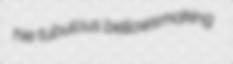
hie tubulous bellowsmaking